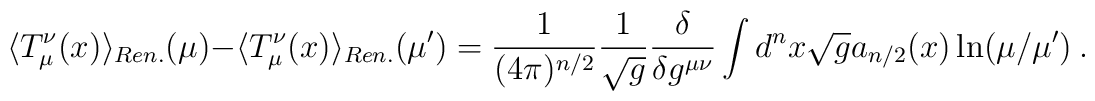
\langle T_\mu^\nu(x)\rangle_{Ren.}(\mu)-\langle T_\mu^\nu(x)\rangle_{Ren.}(\mu')=\frac1{(4\pi)^{n/2}}\frac1{\sqrt{g}}\frac\delta{\delta g^{\mu\nu}}\int d^nx\sqrt{g}a_{n/2}(x)\ln(\mu/\mu') \ .